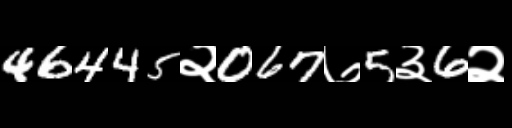
Text: 46445२067७5३6२